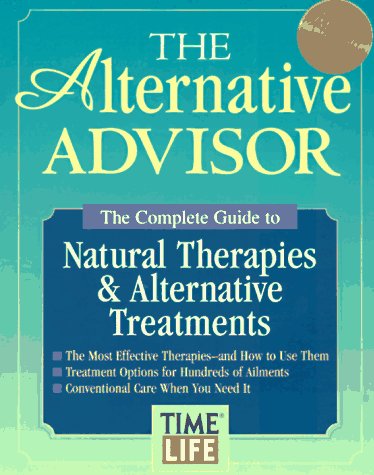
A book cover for The Alternative Advisor Hc; Time-Life Books; Health, Fitness & Dieting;